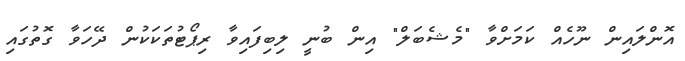
އޮންލައިން ނޫހެއް ކަމަށްވާ "މެޝެބަލް" އިން ބުނީ ލިބިފައިވާ ރިޕޯޓުތަކަކުން ދޭހަވާ ގޮތުގައި